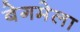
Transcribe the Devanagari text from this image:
बेगमेला